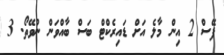
ފޭސް 2 އިން މާލެ އަށް ޑައިރެކްޓް ބަސް ބާއްވަން ނުވޭތޯ. 3